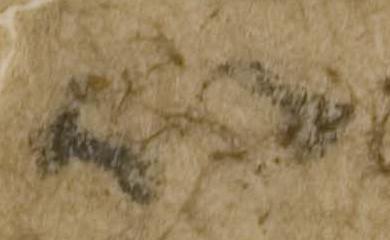
以